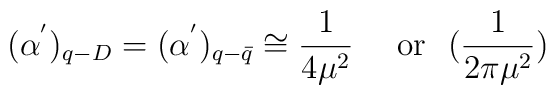
(\alpha^{'})_{q-D} = (\alpha^{'})_{q-\bar{q}} \cong \frac{1}{4 \mu^{2}}~~~~{\rm or} ~~(\frac{1}{2 \pi \mu^{2}})